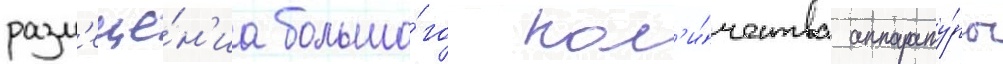
разм'еще́н'иа большо́го кол'и́чества аппарату́ры